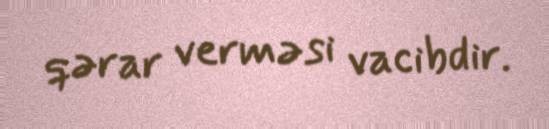
qərar verməsi vacibdir.